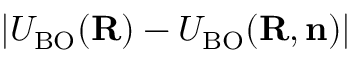
| U _ { \mathrm { B O } } ( { \bf R } ) - { \cal U } _ { \mathrm { B O } } ( { \bf R , n } ) |